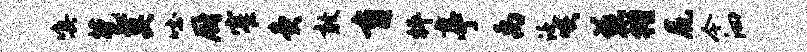
嗔苞莫吐厨窄灸敢育枰亭禹泛啖慈槿尻今泗